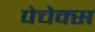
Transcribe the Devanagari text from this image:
पेचेक्स